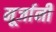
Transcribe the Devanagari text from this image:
मूर्जानी